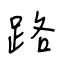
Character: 路